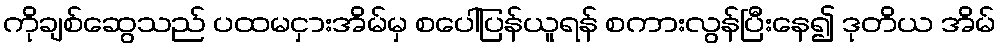
ကိုချစ်ဆွေသည် ပထမငှားအိမ်မှ စပေါ်ပြန်ယူရန် စကားလွန်ပြီးနေ၍ ဒုတိယ အိမ်